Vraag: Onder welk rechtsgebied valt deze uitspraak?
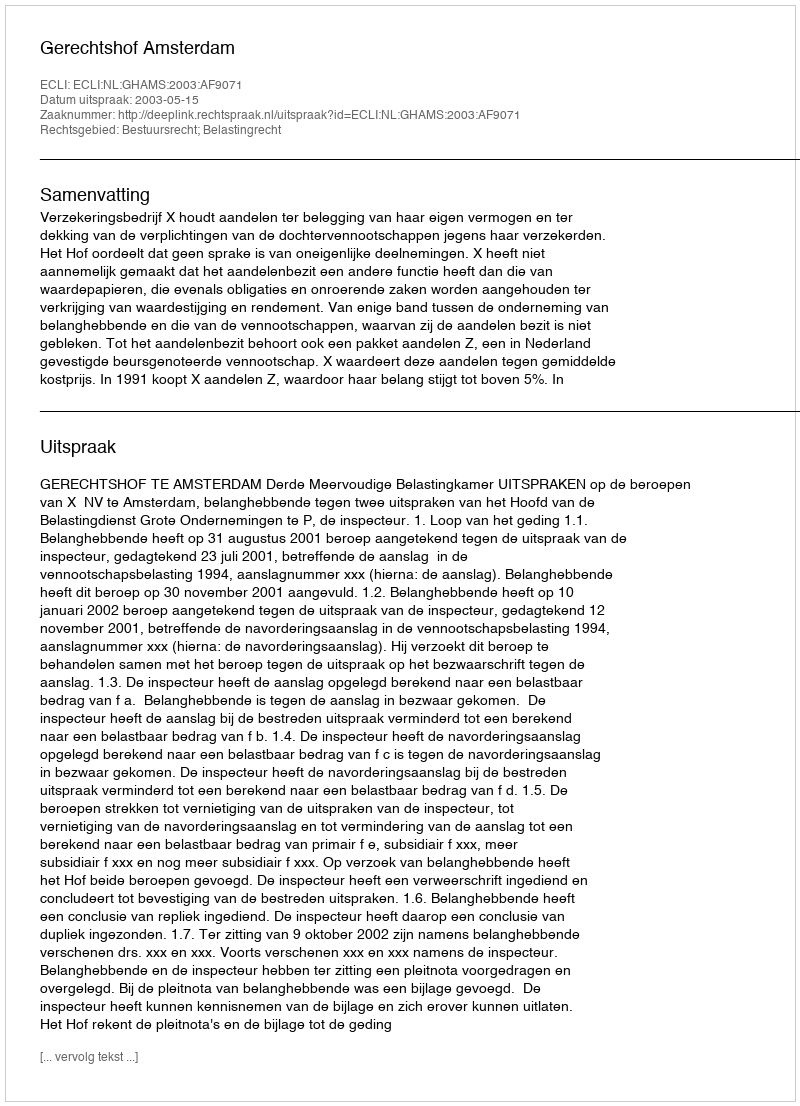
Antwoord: Bestuursrecht; Belastingrecht